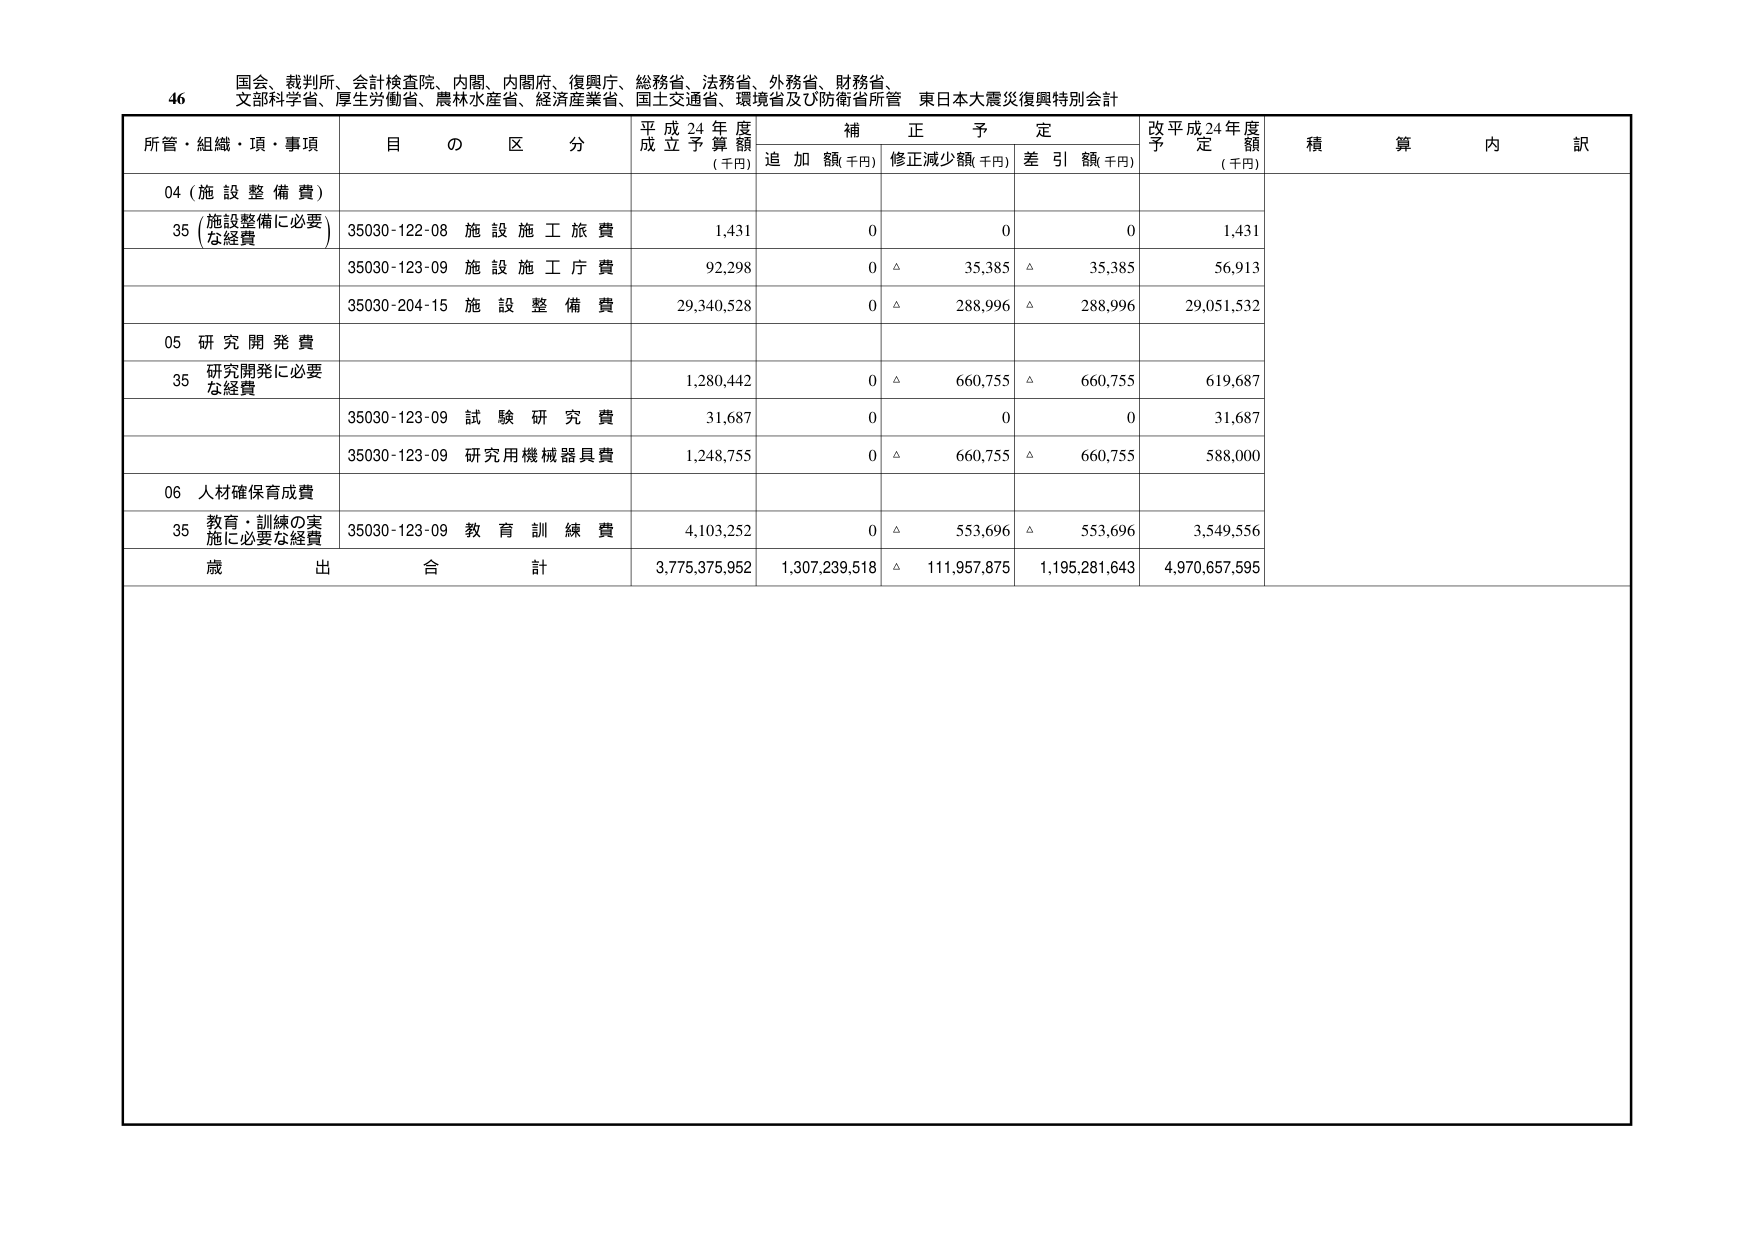
46 国会、裁判所、会計検査院、内閣、内閣府、復興庁、総務省、法務省、外務省、財務省、
文部科学省、厚生労働省、農林水産省、経済産業省、国土交通省、環境省及び防衛省所管 東日本大震災復興特別会計

所管・組織・項・事項 目 の 区 分 平成24年度 成立予算額 (千円) 補正予定 追加額(千円) 修正減少額(千円) 差引額(千円) 改平成24年度 予定額 (千円) 積算内訳

04 (施設整備費)

35 (施設整備に必要な経費) 35030-122-08 施設施工旅費 1,431 0 0 0 1,431

35030-123-09 施設施工庁費 92,298 0 △ 35,385 △ 35,385 56,913

35030-204-15 施設整備費 29,340,528 0 △ 288,996 △ 288,996 29,051,532

05 研究開発費

35 研究開発に必要な経費 1,280,442 0 △ 660,755 △ 660,755 619,687

35030-123-09 試験研究費 31,687 0 0 0 31,687

35030-123-09 研究用機械器具費 1,248,755 0 △ 660,755 △ 660,755 588,000

06 人材確保育成費

35 教育・訓練の実施に必要な経費 35030-123-09 教育訓練費 4,103,252 0 △ 553,696 △ 553,696 3,549,556

歳出合計 3,775,375,952 1,307,239,518 △ 111,957,875 1,195,281,643 4,970,657,595